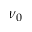
\nu _ { 0 }